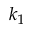
k _ { 1 }